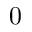
0